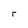
Character: r